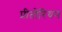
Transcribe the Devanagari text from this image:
प्रीतोरियन